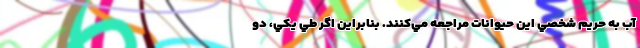
آب به حريم شخصي اين حيوانات مراجعه مي‌كنند. بنابراين اگر طي يكي، دو